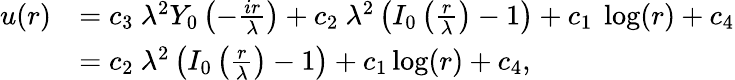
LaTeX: \begin{array}{rl}{u(r)}&{=c_{3}\ \lambda^{2}Y_{0}\left(-\frac{ir}{\lambda}\right)+c_{2}\ \lambda^{2}\left(I_{0}\left(\frac{r}{\lambda}\right)-1\right)+c_{1}\ \log(r)+c_{4}}\\ &{=c_{2}\ \lambda^{2}\left(I_{0}\left(\frac{r}{\lambda}\right)-1\right)+c_{1}\log(r)+c_{4},}\end{array}